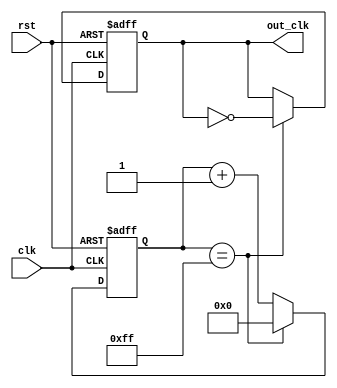
module frequency_synthesizer(
    input clk,
    input rst,
    output reg out_clk
);

reg [7:0] counter;

always @ (posedge clk or posedge rst) begin
    if (rst) begin
        counter <= 0;
        out_clk <= 0;
    end else begin
        if (counter == 255) begin
            counter <= 0;
            out_clk <= ~out_clk;
        end else begin
            counter <= counter + 1;
        end
    end
end

endmodule